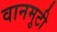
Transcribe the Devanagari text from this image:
वानमुटी